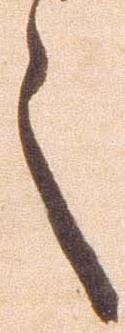
言